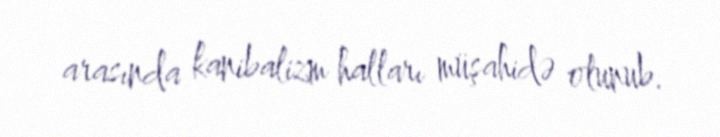
arasında kanibalizm halları müşahidə olunub.